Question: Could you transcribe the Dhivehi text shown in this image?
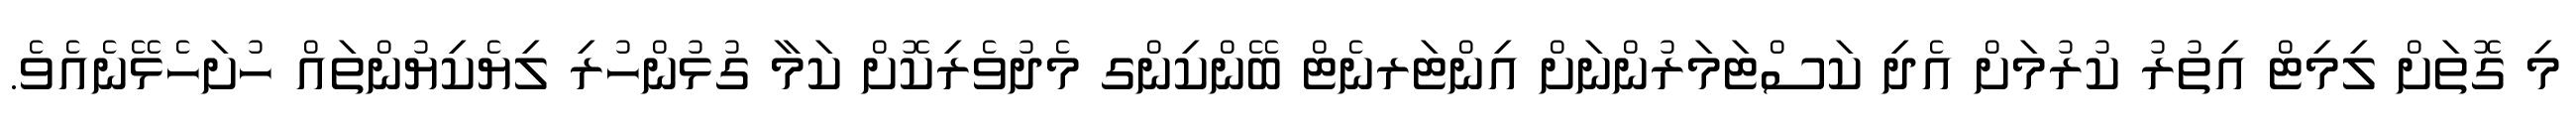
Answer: މި ގޮތަށް ލިމިޓް އިތުރު ކުރުމަށް އެދި ކަސްޓަމަރުންނަށް އިންޓަރނެޓް ބޭންކިންގ މެދުވެރިކޮށް ކަމާ ގުޅުންހުރި ލިޔެކިޔުންތައް ހުށަހެޅޭނެއެވެ.